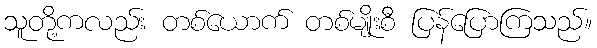
သူတို့ကလည်း တစ်ယောက် တစ်မျိုးစီ ပြန်ပြောကြသည်။